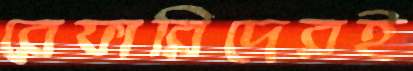
রেফারিদেরই